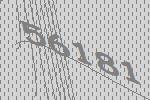
56181